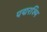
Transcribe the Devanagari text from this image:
पद्मरश्मि